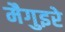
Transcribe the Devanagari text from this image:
मैगुइरे